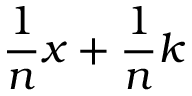
{ \frac { 1 } { n } } x + { \frac { 1 } { n } } k